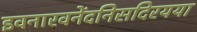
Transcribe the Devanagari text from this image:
इवनारवनेंदनिसदिरयया